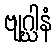
ဗျဂ္ဃါနံ